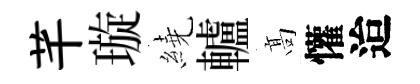
芊璇繞轤髙懽迨